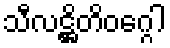
သီလဋ္ဌိတိဝဂ္ဂေါ